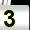
Digit: 3